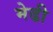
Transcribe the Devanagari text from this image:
मेढी